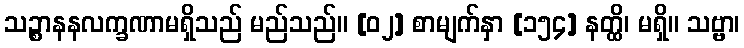
သဉ္စာနနလက္ခဏာမရှိသည် မည်သည်။ [၀၂] စာမျက်နှာ [၁၅၄] နတ္ထိ၊ မရှိ။ သဗ္ဗာ၊